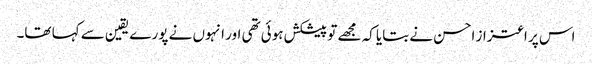
اس پر اعتزاز احسن نے بتایا کہ مجھے تو پیشکش ہوئی تھی اور انہوں نے پورے یقین سے کہا تھا۔